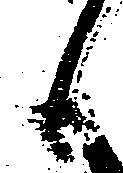
候